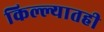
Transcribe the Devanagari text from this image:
किल्ल्यातही